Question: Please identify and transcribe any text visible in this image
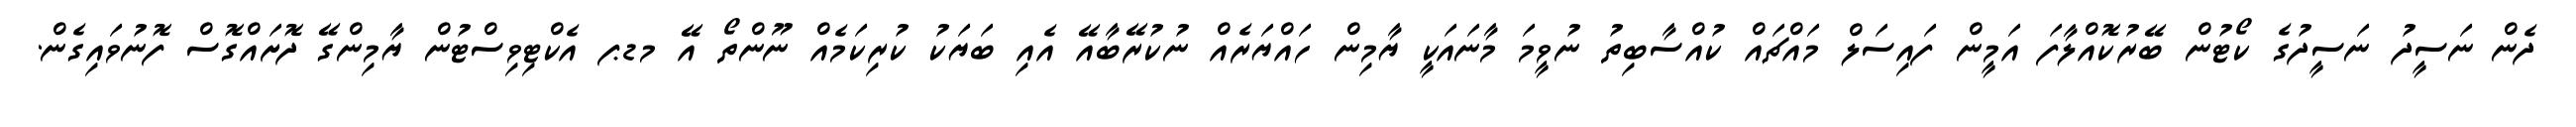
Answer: ދެން ނަސީދު ނަސީދުގެ ކޯޓުން ބޭރުކޮއްލާފަ އަމީން ފައިސަލް މައްޗައް ކުއްސާބިތު ނުވީމަ މާނައަކީ ޔާމިން ހައްޔަރެއް ނުކުރޭބާއޭ އެއި ބަޔަކު ކުރިކަމެއް ނޫންތޯ އޭ މޑޕ އެކްޓިވިސްޓުން ޔާމިންގޭ ދޮށައްގޮސް ފޮނުވައިގެން.